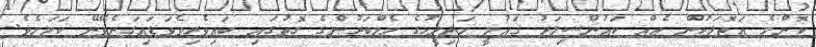
ކޮންމެ އަތޮޅަކުން އެއް ކައުންސިލަރު ޤައުމީ މަޖިލީހުގެ މެމްބަރުންގެ ގޮތުގައި ބައިވެރިވެވަޑައިގަނެވޭނޭ ކަމަށެވެ.